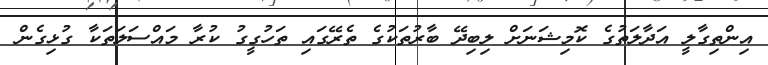
އިންތިގާލީ އަދާލަތުގެ ކޮމިޝަނަށް ލިބިދޭ ބާރުތަކުގެ ތެރޭގައި ތަހުގީގު ކުރާ މައްސަލަތަކާ ގުޅިގެން